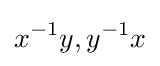
x^{-1}y,y^{-1}x